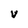
Character: V